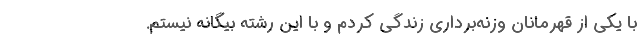
با یکی از قهرمانان وزنه‌برداری زندگی کردم و با این رشته بیگانه نیستم.